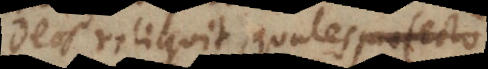
deos reliquit, quales profecto